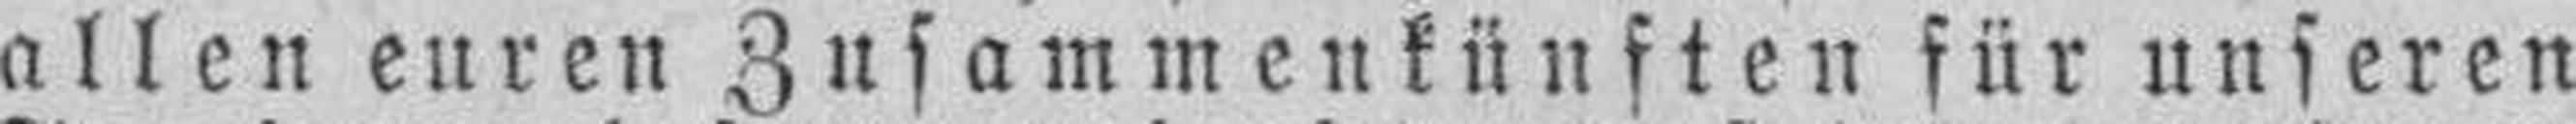
allen euren Zusammenkünften für unseren